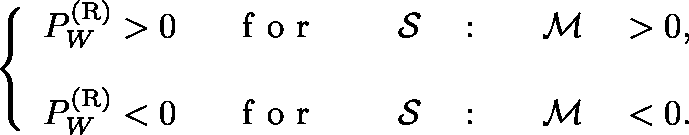
\left\{ { \begin{array} { l l } { P _ { W } ^ { ( \mathrm { { R } } ) } > 0 \; \; } & { \mathrm { ~ f ~ o ~ r ~ } \; \; \mathrm { ~ \boldmath ~ { ~ \cal ~ { ~ S ~ } ~ } ~ } : \mathrm { ~ \boldmath ~ { ~ \cal ~ { ~ M ~ } ~ } ~ } > 0 , } \\ { P _ { W } ^ { ( \mathrm { { R } } ) } < 0 \; \; } & { \mathrm { ~ f ~ o ~ r ~ } \; \; \mathrm { ~ \boldmath ~ { ~ \cal ~ { ~ S ~ } ~ } ~ } : \mathrm { ~ \boldmath ~ { ~ \cal ~ { ~ M ~ } ~ } ~ } < 0 . \rule { 0 ex } { 5 ex } } \end{array} } \right.